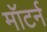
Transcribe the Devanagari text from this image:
मॉटर्न